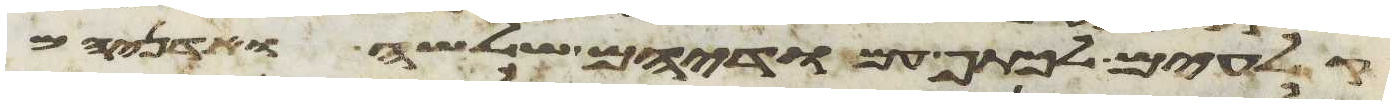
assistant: קלעים לכתף עמודיהם שלשה ואדניהם